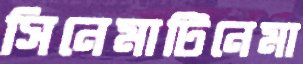
সিনেমাটিনেমা